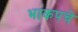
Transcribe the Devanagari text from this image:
भाकपचे